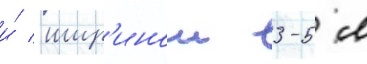
и́ шир'инои 3-5 м